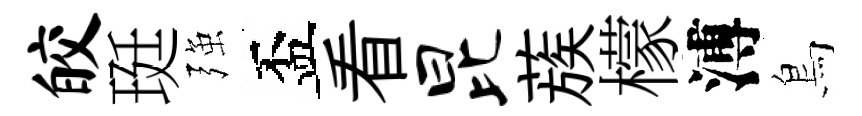
皎珽强盃看昆蔟檬溥鳥